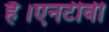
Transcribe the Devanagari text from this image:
है।एनटीवी